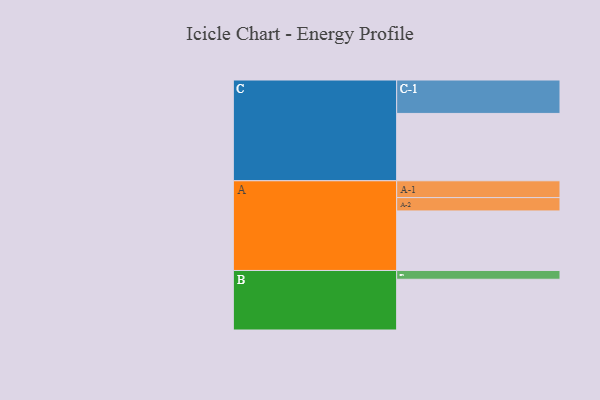
{"axis": {"x": "Segment", "y": "Value"}, "legend": ["", "A", "B", "C"], "data": [{"x": "A", "y": 495, "type": ""}, {"x": "B", "y": 422, "type": ""}, {"x": "C", "y": 560, "type": ""}, {"x": "A-1", "y": 140, "type": "A"}, {"x": "A-2", "y": 111, "type": "A"}, {"x": "B-1", "y": 73, "type": "B"}, {"x": "C-1", "y": 278, "type": "C"}]}